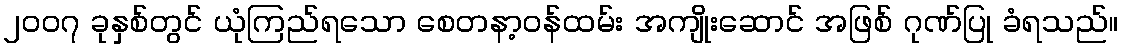
၂၀၀၇ ခုနှစ်တွင် ယုံကြည်ရသော စေတနာ့ဝန်ထမ်း အကျိုးဆောင် အဖြစ် ဂုဏ်ပြု ခံရသည်။